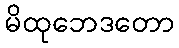
မိထုဘေဒတော